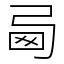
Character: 㢴